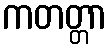
ကတတ္တာ